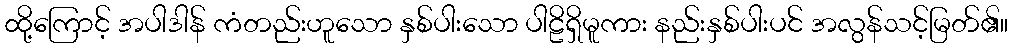
ထို့ကြောင့် အပါဒါန် ကံတည်းဟူသော နှစ်ပါးသော ပါဠိရှိမူကား နည်းနှစ်ပါးပင် အလွန်သင့်မြတ်၏။